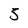
Character: 5